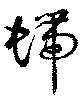
螮